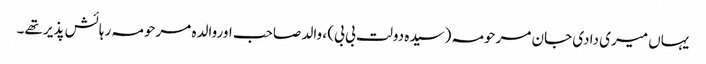
یہاں میری دادی جان مرحومہ (سیدہ دولت بی بی) ، والد صاحب اوروالدہ مرحومہ رہائش پذیر تھے۔